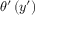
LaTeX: \theta ^ { \prime } \left( y ^ { \prime } \right)